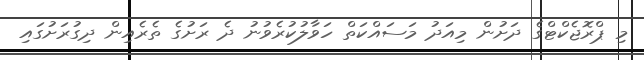
މި ޕްރޮޖެކްޓްގެ ދަށުން މިއަދު މަސައްކަތް ހަވާލުކުރެވުނު ދެ ރަށުގެ ތެރެއިން ދިގުރަށުގައި